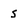
Character: S